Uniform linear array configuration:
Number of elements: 32
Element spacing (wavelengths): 0.5
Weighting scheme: exponential
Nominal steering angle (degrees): -45
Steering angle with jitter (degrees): -46.987
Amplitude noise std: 0.05
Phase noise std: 0.05

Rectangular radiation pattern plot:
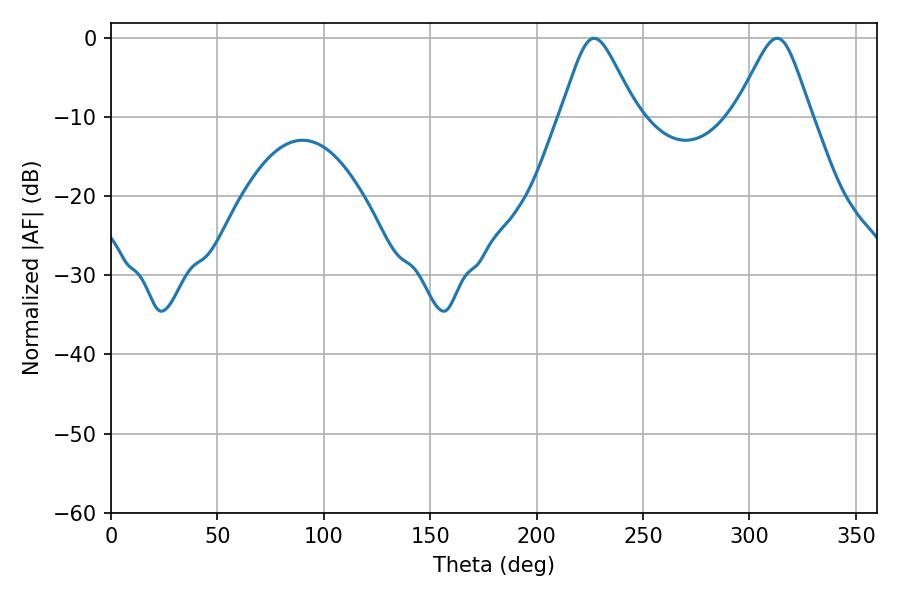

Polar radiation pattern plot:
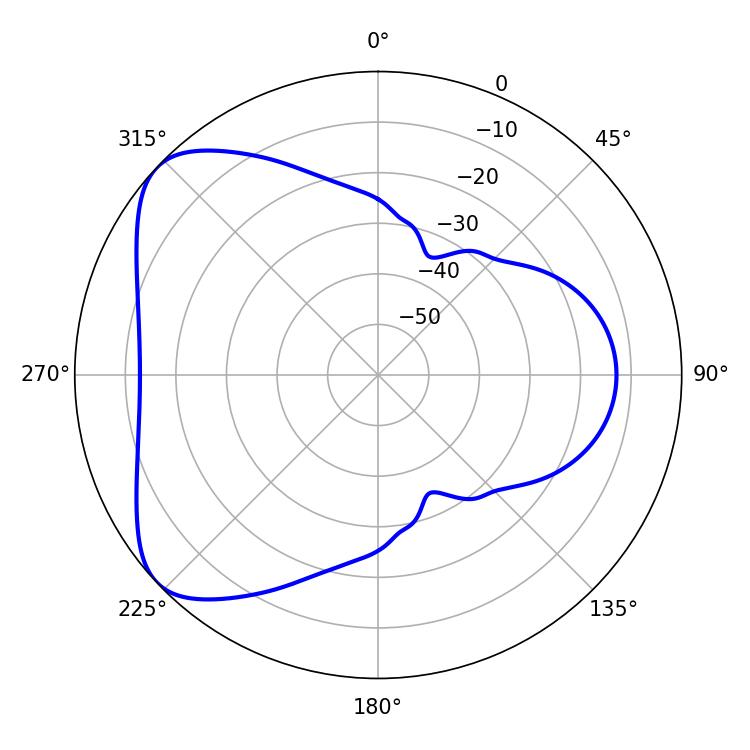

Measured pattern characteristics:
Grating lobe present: FALSE
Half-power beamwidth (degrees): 17.1
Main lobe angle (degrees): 226.98